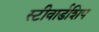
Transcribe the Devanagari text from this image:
स्टीवार्डशिप